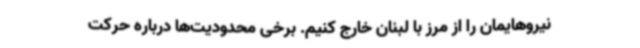
نیروهایمان را از مرز با لبنان خارج کنیم. برخی محدودیت‌ها درباره حرکت